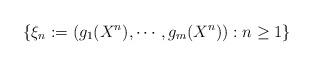
LaTeX: \begin{align*}\{\xi_n:=\left(g_1(X^n),\cdots, g_m(X^n)\right): n\geq 1\}\end{align*}